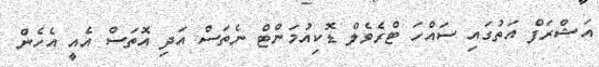
އަޝްރަފް އަތުގައި ސައްހަ ޓްރެވެލް ޑޮކިއުމަންޓް ނެތަސް އަދި އޮތަސް އެއީ އެހެން